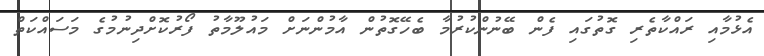
އެޅުމާއި ރައްކާތެރި ގޮތުގައި ފެން ބޭނުންކުރުމާ ބެހޭގޮތުން އާމުންނަށް މައުލޫމާތު ފޯރުކޮށްދިނުމުގެ މަސައްކަތް